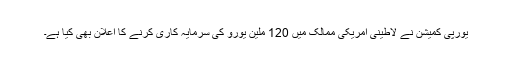
یورپی کمیشن نے لاطینی امریکی ممالک میں 120 ملین یورو کی سرمایہ کاری کرنے کا اعلان بھی کیا ہے۔